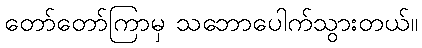
တော်တော်ကြာမှ သဘောပေါက်သွားတယ်။